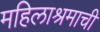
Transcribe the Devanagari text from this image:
महिलाश्रमाची